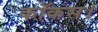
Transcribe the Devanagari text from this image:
कॉकस।